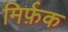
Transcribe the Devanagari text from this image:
मिर्फ़क